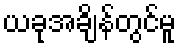
ယခုအချိန်တွင်မူ